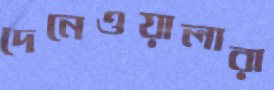
দেনেওয়ালারা